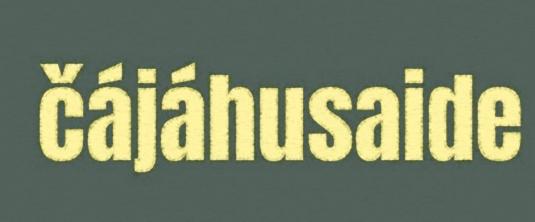
čájáhusaide